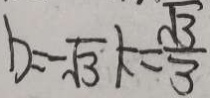
b = - \sqrt { 3 } k = \frac { \sqrt { 3 } } { 3 }